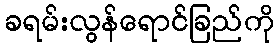
ခရမ်းလွန်ရောင်ခြည်ကို